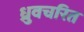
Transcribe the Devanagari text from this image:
ध्रुवचरित